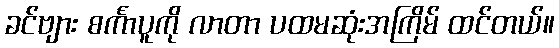
ခင်ဗျား စင်္ကာပူကို လာတာ ပထမဆုံးအကြိမ် ထင်တယ်။